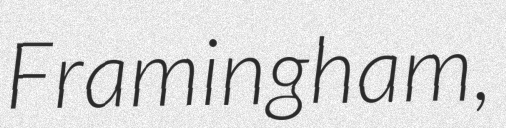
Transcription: Framingham,